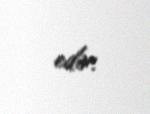
edir.